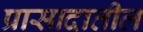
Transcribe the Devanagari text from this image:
प्रासादातील